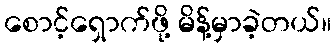
စောင့်ရှောက်ဖို့ မိန့်မှာခဲ့တယ်။